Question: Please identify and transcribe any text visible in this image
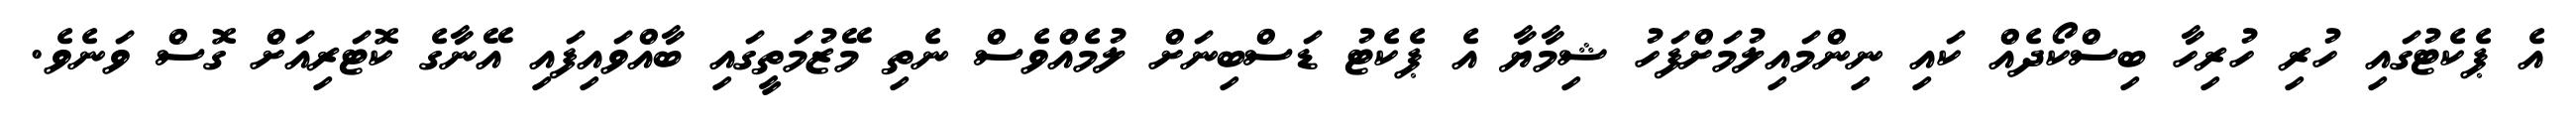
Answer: އެ ޕެކެޓުގައި ހުރި ހުރިހާ ބިސްކޯދެއް ކައި ނިންމައިލުމަށްފަހު ޝިމާޔާ އެ ޕެކެޓު ޑަސްބިނަށް ލުމެއްވެސް ނެތި މޭޒުމަތީގައި ބާއްވައިފައި އޭނާގެ ކޮޓަރިއަށް ގޮސް ވަނެވެ.